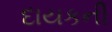
દાયકની